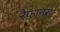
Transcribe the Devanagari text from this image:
रैफ़ानस